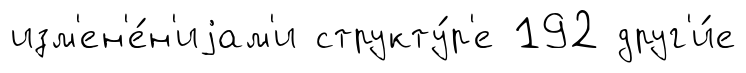
изм'ен'е́н'иjам'и структу́р'е 192 друг'и́е